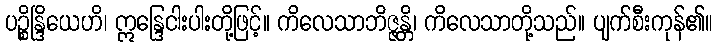
ပဉ္စိန္ဒြိယေဟိ၊ ဣန္ဒြေငါးပါးတို့ဖြင့်။ ကိလေသာဘိဇ္ဇန္တိ၊ ကိလေသာတို့သည်။ ပျက်စီးကုန်၏။